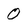
Character: 0